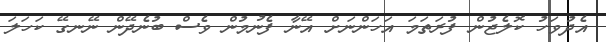
އެދުވަހު ކޮލެޖުން ފުރަތަމަ އަހަންނަށް އޭނާ ފެނުމުން ވެސް ބުނެދޭން ނޭނގޭ ކަހަލަ